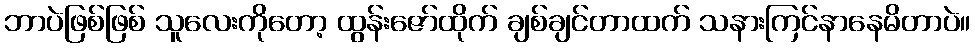
ဘာပဲဖြစ်ဖြစ် သူလေးကိုတော့ ထွန်းဇော်ထိုက် ချစ်ချင်တာထက် သနားကြင်နာနေမိတာပဲ။